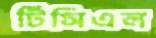
টিসিএল